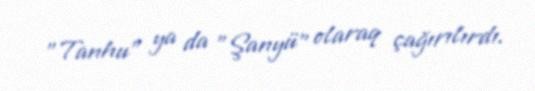
"Tanhu" ya da "Şanyü" olaraq çağırılırdı.